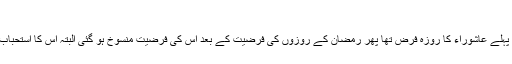
(مسلم)
ان حدیثوں سے معلوم ہوتا ہے کہ پہلے عاشوراء کا روزہ فرض تھا پھر رمضان کے روزوں کی فرضیت کے بعد اس کی فرضیت منسوخ ہو گئی البتہ اس کا استحباب اور اس کی فضیلت برقرار رہی۔